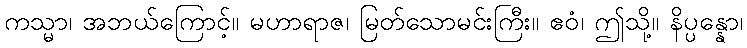
ကသ္မာ၊ အဘယ်ကြောင့်။ မဟာရာဇ၊ မြတ်သောမင်းကြီး။ ဧဝံ၊ ဤသို့။ နိပ္ပန္နော၊